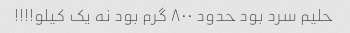
حلیم سرد بود حدود ٨٠٠ گرم بود نه یک کیلو!!!!